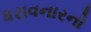
ધરાવનારનો